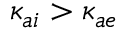
\kappa _ { a i } > \kappa _ { a e }